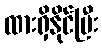
ထားရှိနိုင်ပြီး